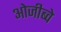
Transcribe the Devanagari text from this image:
ओजीब्वे